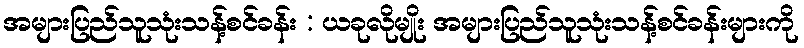
အများပြည်သူသုံးသန့်စင်ခန်း : ယခုလိုမျိုး အများပြည်သူသုံးသန့်စင်ခန်းများကို